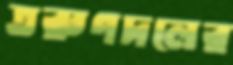
তরুণদলের